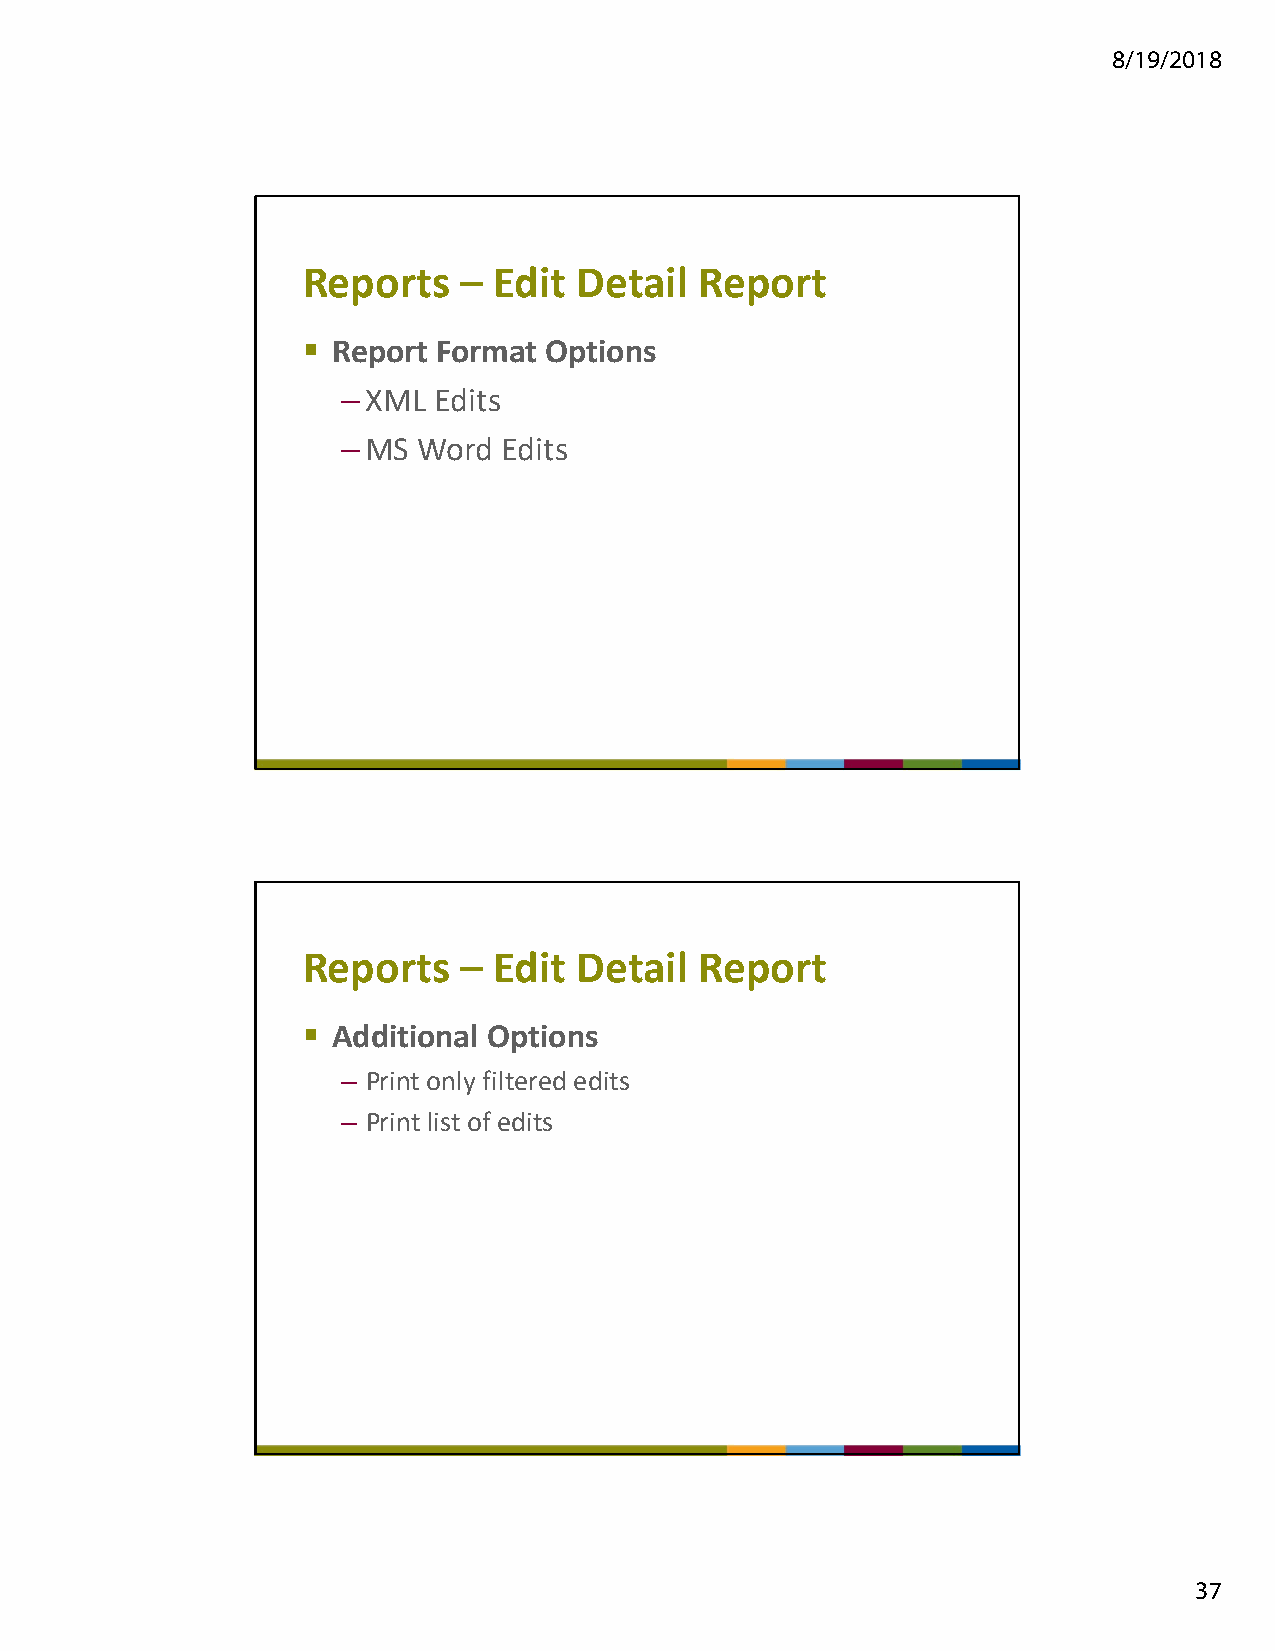
8/19/2018
 Reports   –  Edit Detail  Report
  Report Format Options
 –XML  Edits
 –MS  Word Edits
 Reports   –  Edit Detail  Report
  Additional Options
 – Print only filtered edits
 – Print list of edits
 37